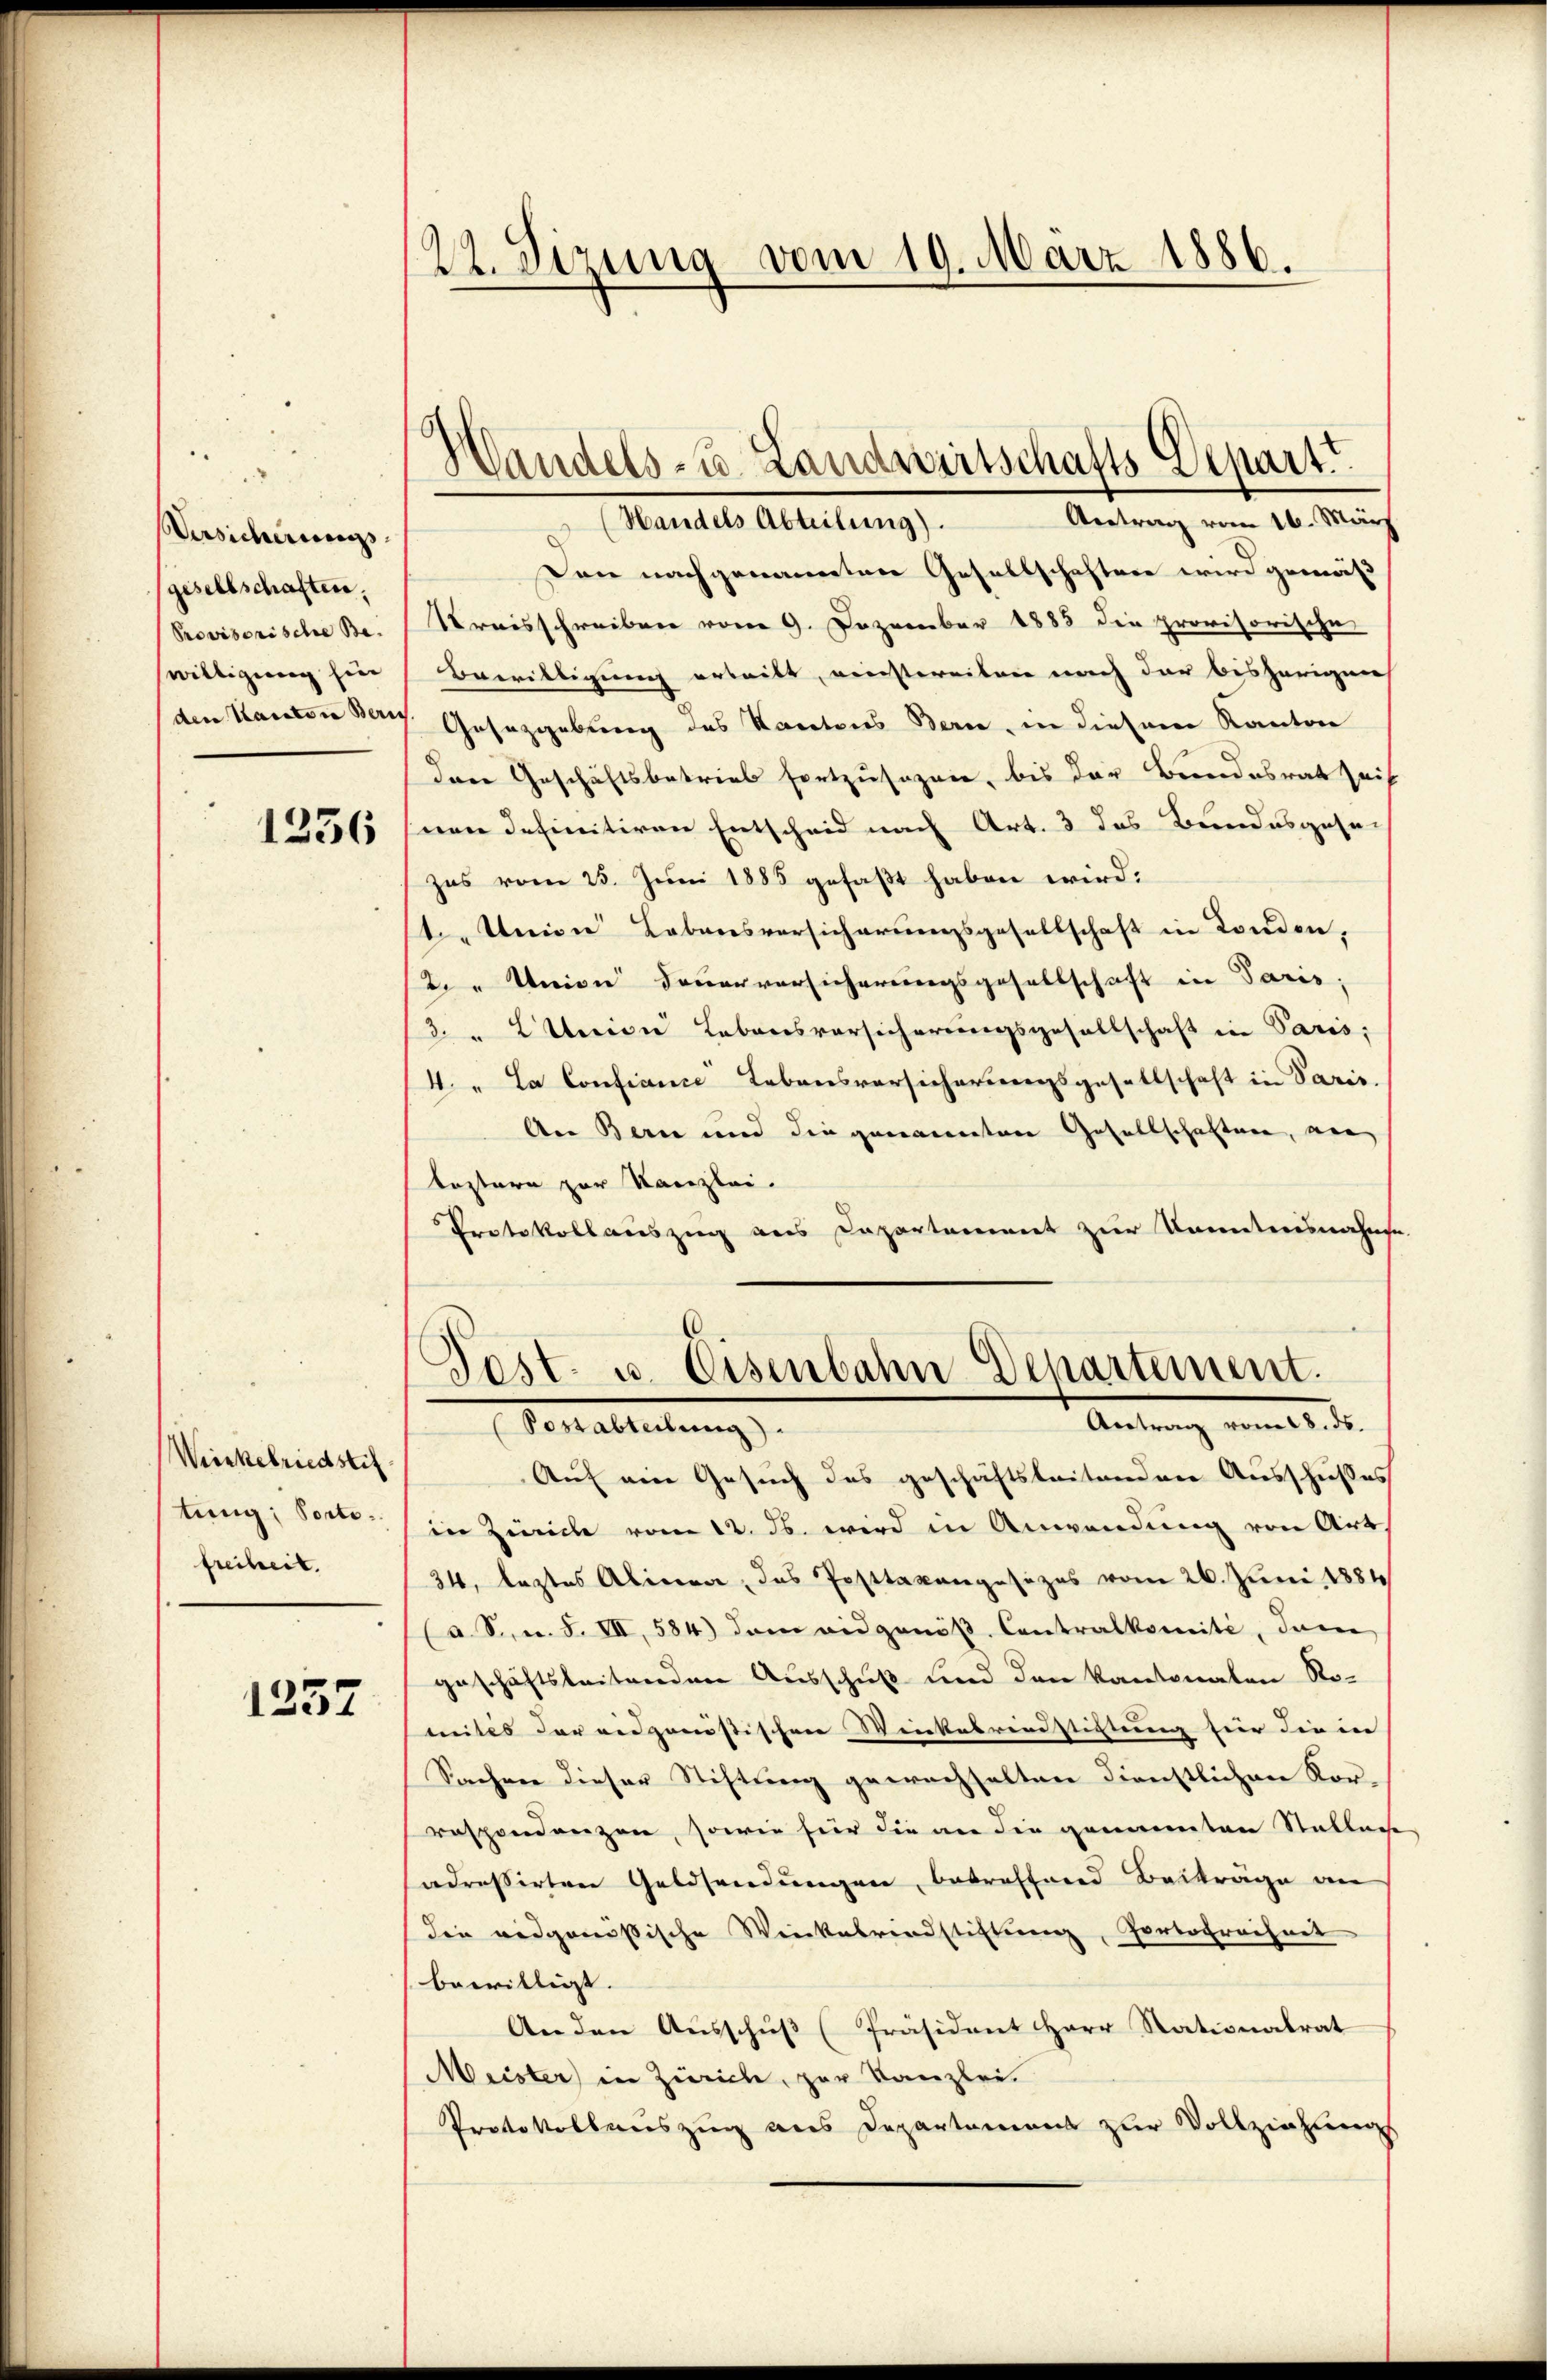
Versicherungs
(gesellschaften.
Provisorische Be-
willigung hin
(den Kanton Beri

1256

Weinkelriedstif
tung; Portofreiheit.

1237

22. Sizung vom 19. März 1886.

Handels- u. Landwirtschafts Depart.

Antrag vom 16. März
Mandes Anteilung
Don nachgenannten Gesellschaften wird gemäß
Kreisschreiben vom 9. Dezember 1885 die provisorische
Bewilligung erteilt, einstereiten nach der bisherigen
Gesetzgebung des Kantons Bern, in diesem Kanton
dere Geschäftsbetrieb fortzusagen, bis der Bundesrat Zeit
snen definitiven Entscheid nach Art. 3 das Bundesgesezus vom 25. Juni 1885 gefaßt haben wird:
t Union Lebensversicherungsgesellschaft in London,
ter Union dauerversicherungsgesellschaft in Paris;
32 Union Lebensvorsicherungsgesellschaft in Paris;
4. La Confiance Lebensversicherungsgesellschaft in Paris.
Aer Berne und die genannten Gesellschaften, wen
bestern zur Kanzlei.
Protokollauszug aus Capartement zur Kenntnisnahme
Post. u. Eisenbahn Departement.
Antrag vom 18. d.
Sontalleitung
Auf ein Gesuch des geschäftsleitenden Ausschußes
in Zürich vom 12. ds. wird in Anwendung von Art
34, leztes Alinea, das Posttaxangesezes vom 26. Juni 1884
(a. S., n. F. VII, 584) dem eidgenöß. Contralkomité, den
geschäftsleitenden Ausschuß und den Kantonaten Nomites der eidgonistischen Winkelrinstiftung für die in |
Sachen dieser Stiftung gewachhalten Dienstlichen Kor-
respondenzen, sowie für die an die genannten Stallache
adressirten Geldsendungen, betreffend Beiträge an
die eidgenössische Winkehrendstiftung, Portofrechnet
bewilligt.
Anden Aŭsschŭβ (Präsident Herr Stationalrat
Meister in Zürich, zur Kanzlei.
Protokollauszug aus Departamens zur Vollziehungs